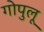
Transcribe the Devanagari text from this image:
गोपुलू